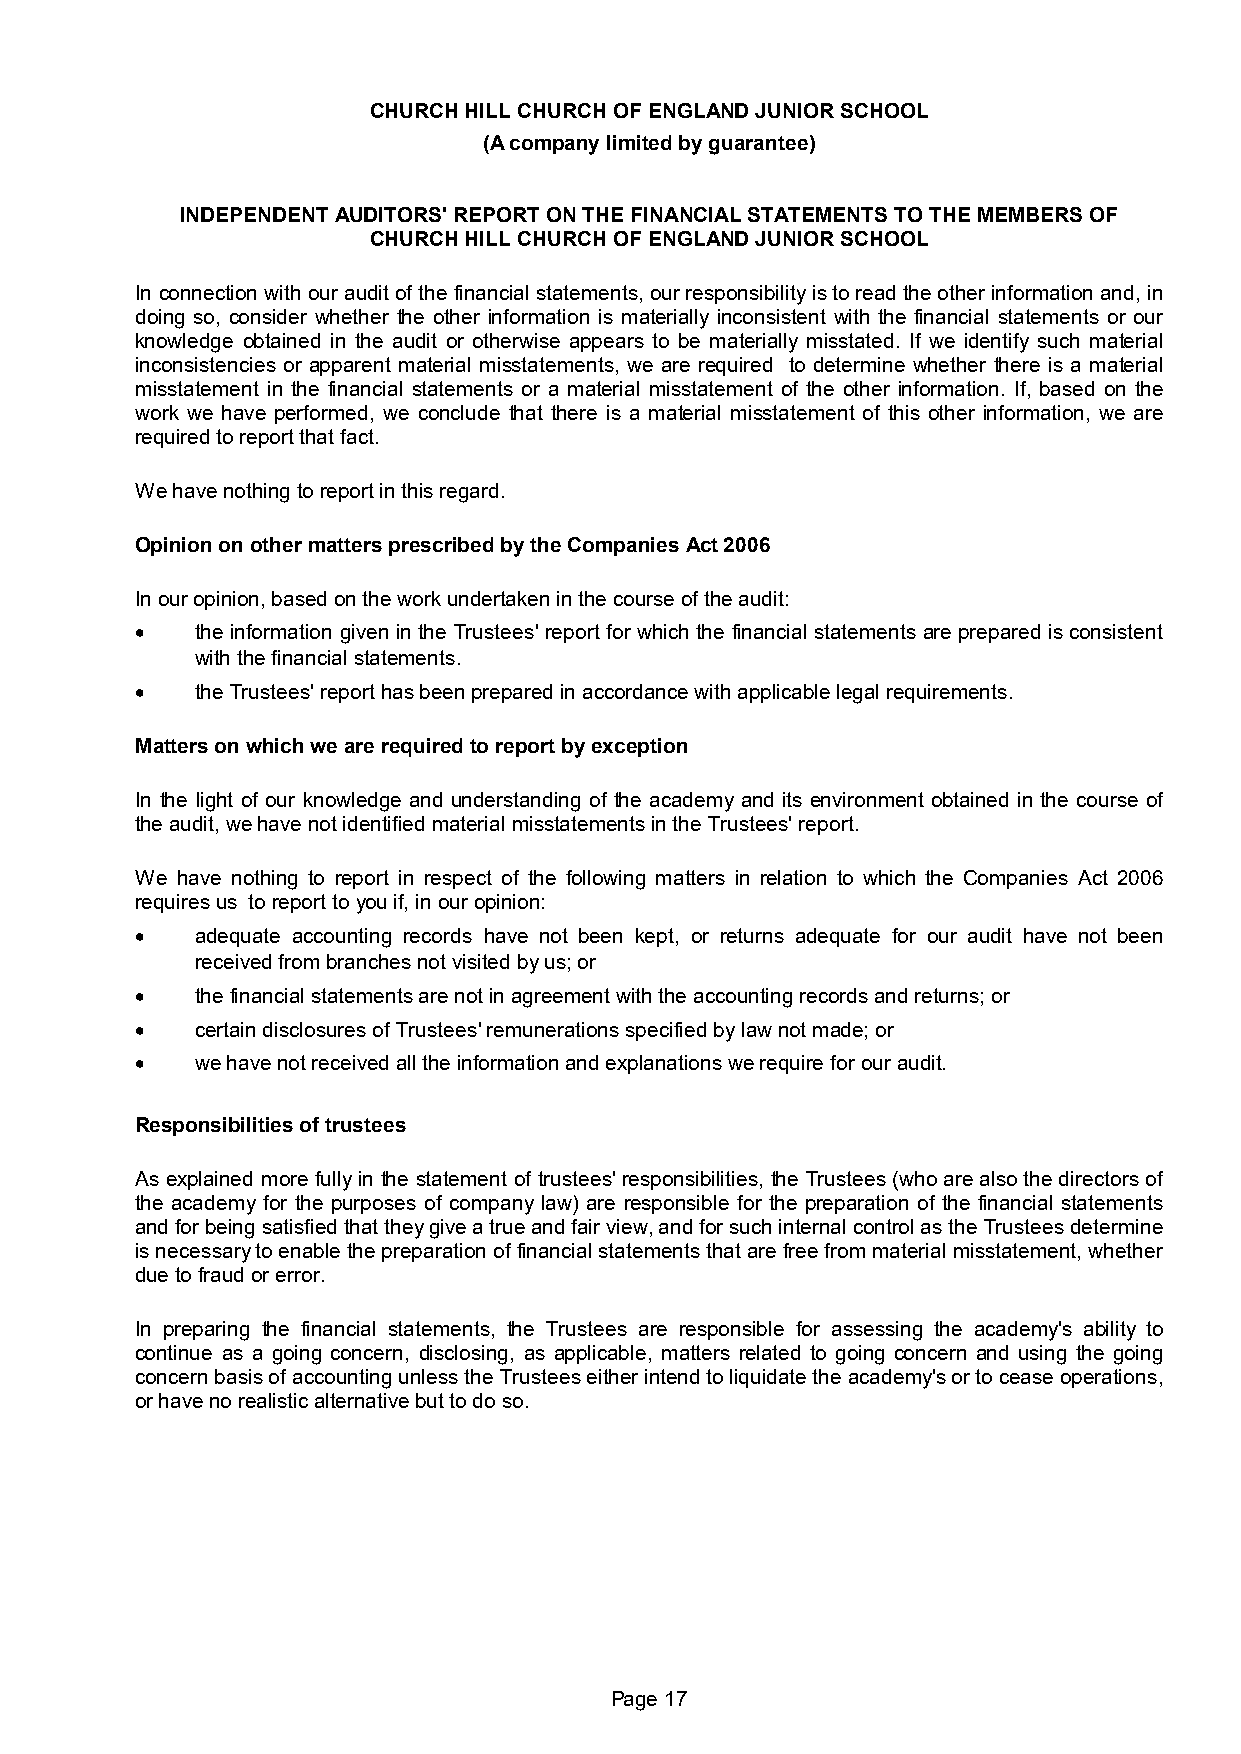
CHURCH HILL CHURCH OF ENGLAND JUNIOR SCHOOL
 (A company limited by guarantee)
 INDEPENDENT AUDITORS' REPORT ON THE FINANCIAL STATEMENTS TO THE MEMBERS OF
 CHURCH HILL CHURCH OF ENGLAND JUNIOR SCHOOL
 In connection with our audit of the financial statements, our responsibility is to read the other information and, in
 doing so, consider whether the other information is materially inconsistent with the financial statements or our
 knowledge obtained in the audit or otherwise appears to be materially misstated. If we identify such material
 inconsistencies or apparent material misstatements, we are required to determine whether there is a material
 misstatement in the financial statements or a material misstatement of the other information. If, based on the
 work we have performed, we conclude that there is a material misstatement of this other information, we are
 required to report that fact.
 We have nothing to report in this regard.
 Opinion on other matters prescribed by the Companies Act 2006
 In our opinion, based on the work undertaken in the course of the audit:
    the information given in the Trustees' report for which the financial statements are prepared is consistent
 with the financial statements.
    the Trustees' reporthas been prepared in accordance with applicable legal requirements.
 Matters on which we are required to report by exception
 In the light of our knowledge and understanding of the academy and its environment obtained in the course of
 the audit, we have not identified material misstatements in the Trustees' report.
 We have nothing to report in respect of the following matters in relation to which the Companies Act 2006
 requires us to report to you if, in our opinion:
    adequate accounting records have not been kept, or returns adequate for our audit have not been
 received from branches not visited by us; or
    the financial statements are not in agreement with the accounting records and returns; or
    certain disclosures of Trustees' remunerations specified by law not made; or
    we have not received all the information and explanations we require for our audit.
 Responsibilities of trustees
 As explained more fully in the statement of trustees' responsibilities, the Trustees (who are also the directors of
 the academy for the purposes of company law) are responsible for the preparation of the financial statements
 and for being satisfied that they give a true and fair view, and for such internal control as the Trustees determine
 is necessary to enable the preparation of financial statements that are free from material misstatement, whether
 due to fraud or error.
 In preparing the financial statements, the Trustees are responsible for assessing the academy's ability to
 continue as a going concern, disclosing, as applicable, matters related to going concern and using the going
 concern basis of accounting unless the Trustees either intend to liquidate the academy's or to cease operations,
 or have no realistic alternative but to do so.
 Page 17